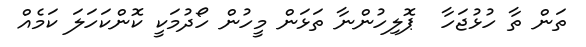
ތަން ތާ ހުޅުޖަހާ  ޕޮލިހުންނާ ތަޅަން މީހުން ހޯދުމަކީ ކޮންކަހަލަ ކަމެއް